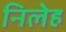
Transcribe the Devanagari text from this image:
निलेह